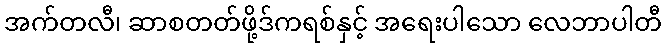
အက်တလီ၊ ဆာစတတ်ဖို့ဒ်ကရစ်နှင့် အရေးပါသော လေဘာပါတီ